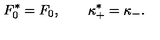
F _ { 0 } ^ { * } = F _ { 0 } , \qquad \kappa _ { + } ^ { * } = \kappa _ { - } .